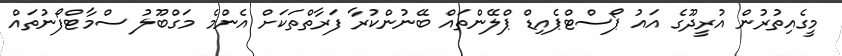
މީގެއިތުރުން އުރީދޫގެ އައު ޕޯސްޓްޕެއިޑް ޕްލޭންތައް ބޭނުންކުރާ ފަރާތްތަކަށް އެންމެ މަގްބޫލު ސްމާޓްފޯނުތައް